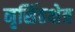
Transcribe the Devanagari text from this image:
नृसिंहक्षेत्र